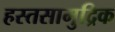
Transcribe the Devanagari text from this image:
हस्तसामुद्रिक